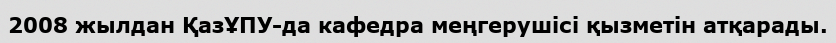
2008 жылдан ҚазҰПУ-да кафедра меңгерушісі қызметін атқарады.